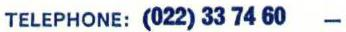
TELEPHONE: (022) 33 74 60 -